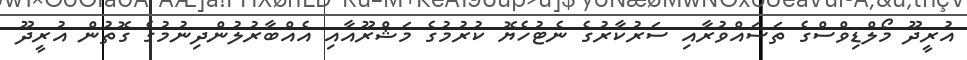
އުރީދޫ މޯލްޑިވްސްގެ ތަސައްވުރާއި ސަރުކާރުގެ ނެޓުހެޔޮ ކުރުމުގެ މަޝްރޫއާއި އެއްބާރުލުންދިނުމުގެ ގޮތުން އުރީދޫ